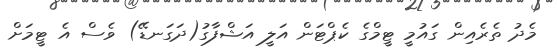
މެދު ތެރެއިން ގައުމީ ޓީމްގެ ކެޕްޓަން އަލީ އަޝްފާގު(ދަގަނޑޭ) ވެސް އެ ޓީމަށް